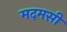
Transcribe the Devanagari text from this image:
मदमसी